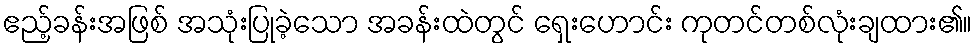
ဧည့်ခန်းအဖြစ် အသုံးပြုခဲ့သော အခန်းထဲတွင် ရှေးဟောင်း ကုတင်တစ်လုံးချထား၏။